Black-water fever - Number 35
Disease focus: Fever
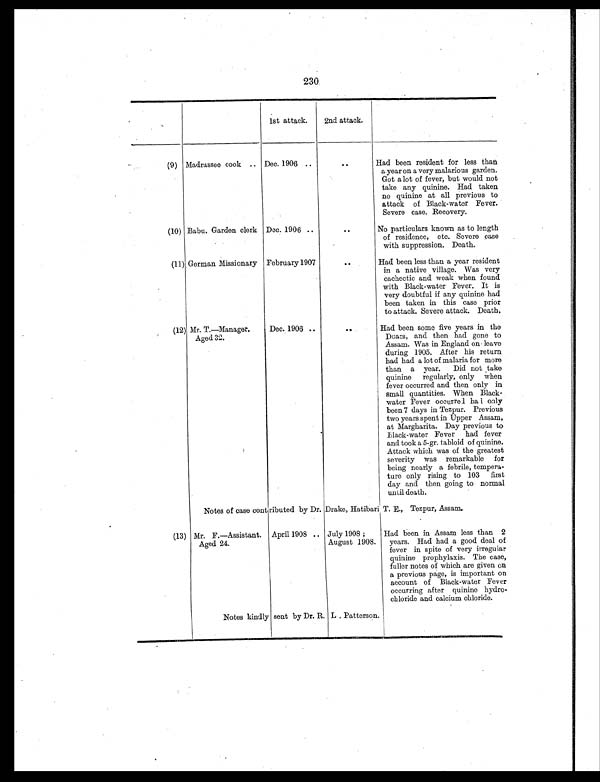
230
1st attack.
2nd attack.
(9) Madrassee cook .. Dec. 1906 ..
..
Had been resident for less than
a year on a very malarious garden.
Got a lot of fever, but would not
take any quinine. Had taken
no quinine at all previous to
attack of Black-water Fever.
Severe case. Recovery.
(10) Babu. Garden clerk Dec. 1906 ..
. .
No particulars known as to length
of residence, etc. Severe case
with suppression. Death.
(11) German Missionary February 1907
. .
Had been less than a year resident
in a native village. Was very
cachectic and weak when found
with Black-water Fever. It is
very doubtful if any quinine had
been taken in this case prior
to attack. Severe attack. Death.
(12) Mr. T.—Manager.
Aged 32.
Dec. 1906 ..
..
Had been some five years in the
Duars, and then had gone to
Assam. Was in England on leave
during 1905. After his return
had had a lot of malaria for more
than a year. Did not take
quinine regularly, only when
fever occurred and then only in
small quantities. When Black-
water Fever occurred had only
been 7 days in Tezpur. Previous
two years spent in Upper Assam,
at Margharita. Day previous to
Black-water Fever had fever
and took a 5-gr. tabloid of quinine.
Attack which was of the greatest
severity was remarkable for
being nearly a febrile, tempera-
ture only rising to 103 first
day and then going to normal
until death.
Notes of case contributed by Dr. Drake, Hatibari T. E., Tezpur, Assam.
(13) Mr. F.—Assistant.
Aged 24.
April 1908 .. July 1908 ;
August 1908.
Had been in Assam less than 2
years. Had had a good deal of
fever in spite of very irregular
quinine prophylaxis. The case,
fuller notes of which are given on
a previous page, is important on
account of Black-water Fever
occurring after quinine hydro-
chloride and calcium chloride.
Notes kindly sent by Dr. R. L . Patterson.